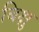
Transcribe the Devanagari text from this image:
बिक्षु